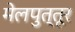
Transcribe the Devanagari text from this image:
मेलपुत्तूर